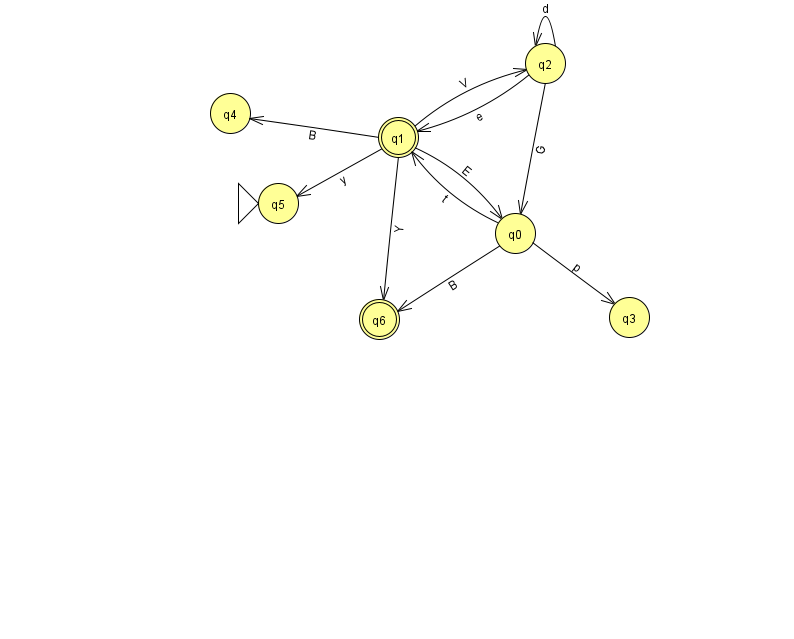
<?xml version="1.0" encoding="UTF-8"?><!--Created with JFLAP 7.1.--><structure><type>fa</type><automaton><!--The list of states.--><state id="0" name="q0"><x>515.0</x><y>220.0</y></state><state id="1" name="q1"><x>398.0</x><y>124.0</y><final/></state><state id="2" name="q2"><x>545.0</x><y>50.0</y></state><state id="3" name="q3"><x>629.0</x><y>304.0</y></state><state id="4" name="q4"><x>230.0</x><y>100.0</y></state><state id="5" name="q5"><x>278.0</x><y>190.0</y><initial/></state><state id="6" name="q6"><x>379.0</x><y>306.0</y><final/></state><!--The list of transitions.--><transition><from>2</from><to>2</to><read>d</read></transition><transition><from>1</from><to>2</to><read>V</read></transition><transition><from>1</from><to>5</to><read>y</read></transition><transition><from>2</from><to>1</to><read>e</read></transition><transition><from>0</from><to>3</to><read>p</read></transition><transition><from>0</from><to>6</to><read>B</read></transition><transition><from>1</from><to>6</to><read>Y</read></transition><transition><from>0</from><to>1</to><read>t</read></transition><transition><from>1</from><to>4</to><read>B</read></transition><transition><from>2</from><to>0</to><read>G</read></transition><transition><from>1</from><to>0</to><read>E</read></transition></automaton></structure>